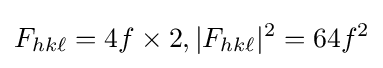
F_{hk\ell }=4f\times 2,|F_{hk\ell }|^{2}=64f^{2}